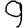
Digit: 9